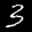
Label: 3